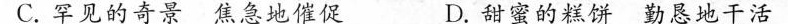
C.罕见的奇景焦急地催促 D.甜蜜的糕饼勤恳地干活